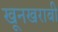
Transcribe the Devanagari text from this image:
खूनखराबी